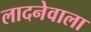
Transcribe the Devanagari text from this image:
लादनेवाला